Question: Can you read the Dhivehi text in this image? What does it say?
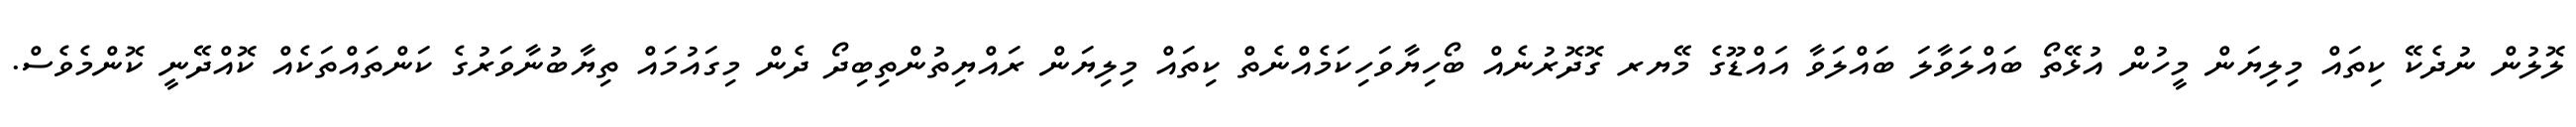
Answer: ލޮލުން ނުދެކޭ ކިތައް މިލިޔަން މީހުން އުޅޭތޯ ބައްލަވާލަ ބައްލަވާ އައްޑޫގެ މޭޔރ ގޮދޮރުނެއް ބޯހިޔާވަހިކަމެއްނެތް ކިތައް މިލިޔަން ރައްޔިތުންތިބިދޯ ދެން މިގައުމައް ތިޔާބުނާވަރުގެ ކަންތައްތަކެއް ކޮއްދޭނީ ކޮންމެވެސް.